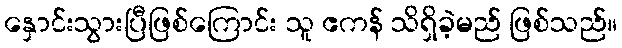
နှောင်းသွားပြီဖြစ်ကြောင်း သူ ဧကန် သိရှိခဲ့မည် ဖြစ်သည်။